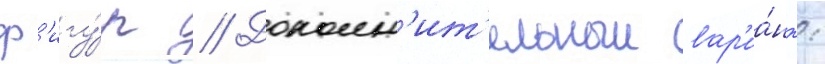
ф'игу́р // Дополн'ит'ельныи вар'иа́нт: